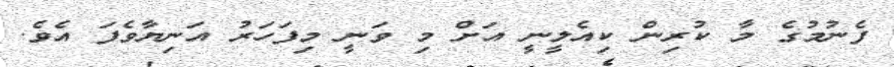
ފެނުމުގެ މާ ކުރިން ކިއެލީނީ އަށް މި ވަނީ މިފަހަރު އަނިޔާވެފަ އެވެ.